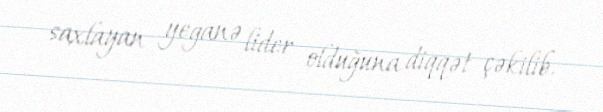
saxlayan yeganə lider olduğuna diqqət çəkilib.